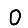
Digit: 0